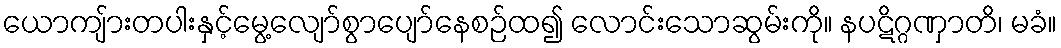
ယောကျ်ားတပါးနှင့်မွေ့လျော်စွာပျော်နေစဉ်ထ၍ လောင်းသောဆွမ်းကို။ နပဋိဂ္ဂဏှာတိ၊ မခံ။